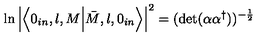
\ln \left| \left\langle 0 _ { i n } , l , M \Bigl | \bar { M } , l , 0 _ { i n } \right\rangle \right| ^ { 2 } = ( \mathrm { d e t } ( \alpha \alpha ^ { \dagger } ) ) ^ { - \frac { 1 } { 2 } }